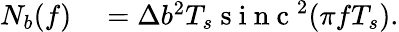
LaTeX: \begin{array}{rl}{N_{b}(f)}&{{}=\Delta b^{2}T_{s}\mathrm{~s~i~n~c~}^{2}(\pi fT_{s}).}\end{array}